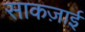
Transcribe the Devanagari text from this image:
साकज़ाई